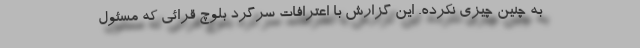
به چنین چیزی نکرده. این گزارش با اعترافات سرگرد بلوچ قرائی که مسئول